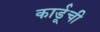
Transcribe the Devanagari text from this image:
कार्डूची